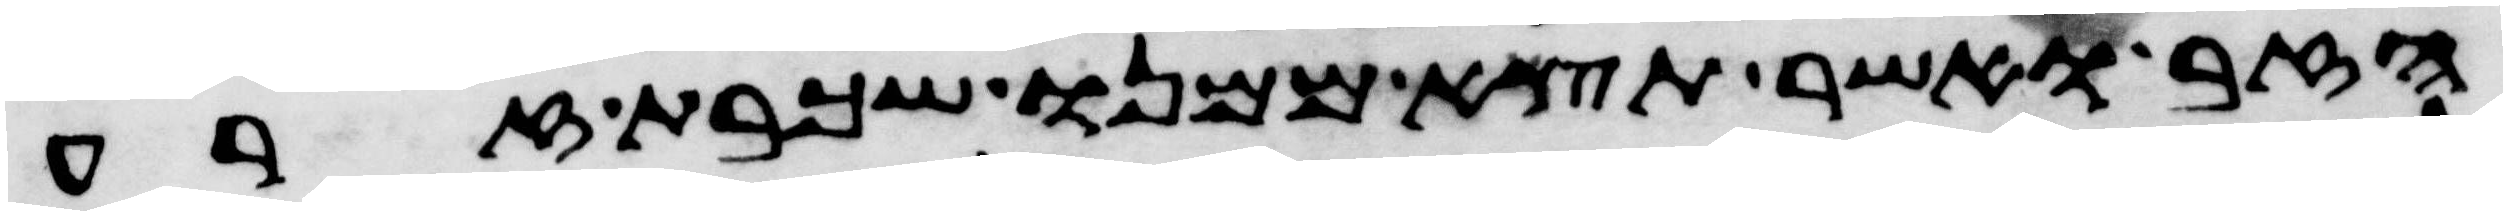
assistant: הזב ואשר תצא ממנו שכבת זרע